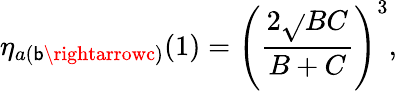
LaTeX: \eta_{a(\mathsf{b}\rightarrowc)}(1)=\left({\frac{{2\sqrt{}{{BC}}}}{{B+C}}}\right)^{3},